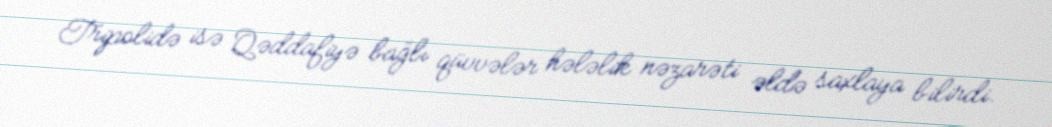
Tripolidə isə Qəddafiyə bağlı qüvvələr hələlik nəzarəti əldə saxlaya bilirdi.